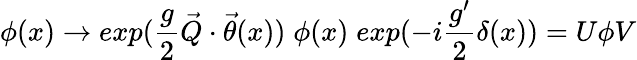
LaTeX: \phi(x)\rightarrow exp(\frac{g}{2}\vec{Q}\cdot\vec{\theta}(x))\; \phi(x)\; exp(-i\frac{g^{\prime}}{2}\delta(x))=U\phi V